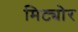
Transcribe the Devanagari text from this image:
मिट्योर